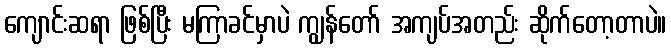
ကျောင်းဆရာ ဖြစ်ပြီး မကြာခင်မှာပဲ ကျွန်တော် အကျပ်အတည်း ဆိုက်တော့တာပဲ။